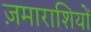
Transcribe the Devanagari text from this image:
ज़माराशियों